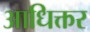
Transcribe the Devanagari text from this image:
आधिक्तर